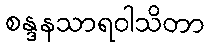
စန္ဒနသာရဝါသိတာ